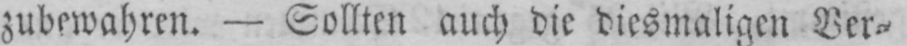
zubewahren. - Sollten auch die diesmaligen Ver⸗